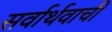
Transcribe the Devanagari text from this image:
सर्वार्थवाची